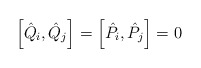
\begin{align*}\left[ \hat{Q}_i,\hat{Q}_j \right] = \left[ \hat{P}_i,\hat{P}_j \right] = 0\end{align*}